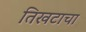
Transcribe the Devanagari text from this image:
तिखटाचा